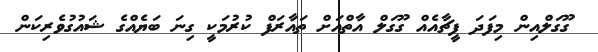
ގޫގަލްއިން މިފަދަ ފީޗާއެއް ގޫގަލް އާތްއަށް ތައާރަފް ކުރުމަކީ ގިނަ ބަޔެއްގެ ޝައުގުވެރިކަން